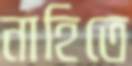
নাহিতে